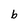
Character: b